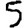
Digit: 5